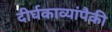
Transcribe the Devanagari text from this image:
दीर्घकाव्यांपैकी